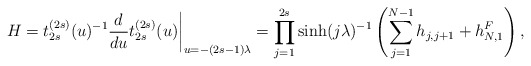
\begin{align*}\left.H=t^{(2s)}_{2s}(u)^{-1} \frac{d}{du} t^{(2s)}_{2s}(u)\right|_{u=-(2s-1)\lambda} = \prod_{j=1}^{2s} \sinh(j \lambda)^{-1}\left( \sum_{j=1}^{N-1} h_{j,j+1} + h^{F}_{N,1} \right),\end{align*}